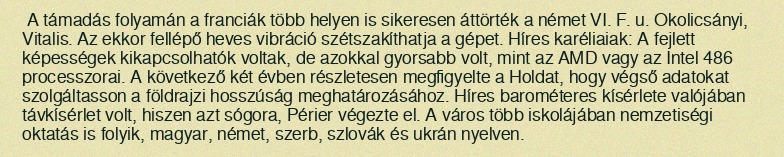
A támadás folyamán a franciák több helyen is sikeresen áttörték a német VI. F. u. Okolicsányi, Vitalis. Az ekkor fellépő heves vibráció szétszakíthatja a gépet. Híres karéliaiak: A fejlett képességek kikapcsolhatók voltak, de azokkal gyorsabb volt, mint az AMD vagy az Intel 486 processzorai. A következő két évben részletesen megfigyelte a Holdat, hogy végső adatokat szolgáltasson a földrajzi hosszúság meghatározásához. Híres barométeres kísérlete valójában távkísérlet volt, hiszen azt sógora, Périer végezte el. A város több iskolájában nemzetiségi oktatás is folyik, magyar, német, szerb, szlovák és ukrán nyelven.